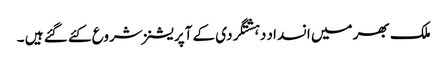
ملک بھر میں انسداد دہشتگردی کے آپریشنز شروع کئے گئے ہیں ۔